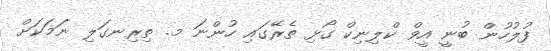
ފުލުހުން ބުނީ އީވް ކްލިނިކް ގޯޅި ތެރޭގައި ހުންނަ މ. ތިރިނގަލި ނަމަކަށް